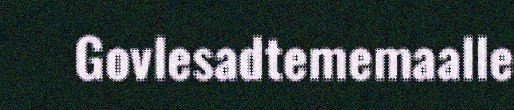
Govlesadtememaalle